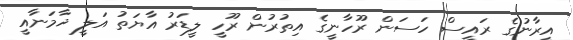
އީރާނުގެ ރައީސް ހަސަން ރޫހާނީގެ އިތުރުން ރޫހީ ލީޑަރު އާޔަތު އަލީ ޚާމަނާއީ